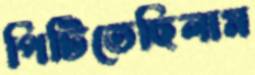
পিটিতেছিলাম